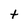
Character: t